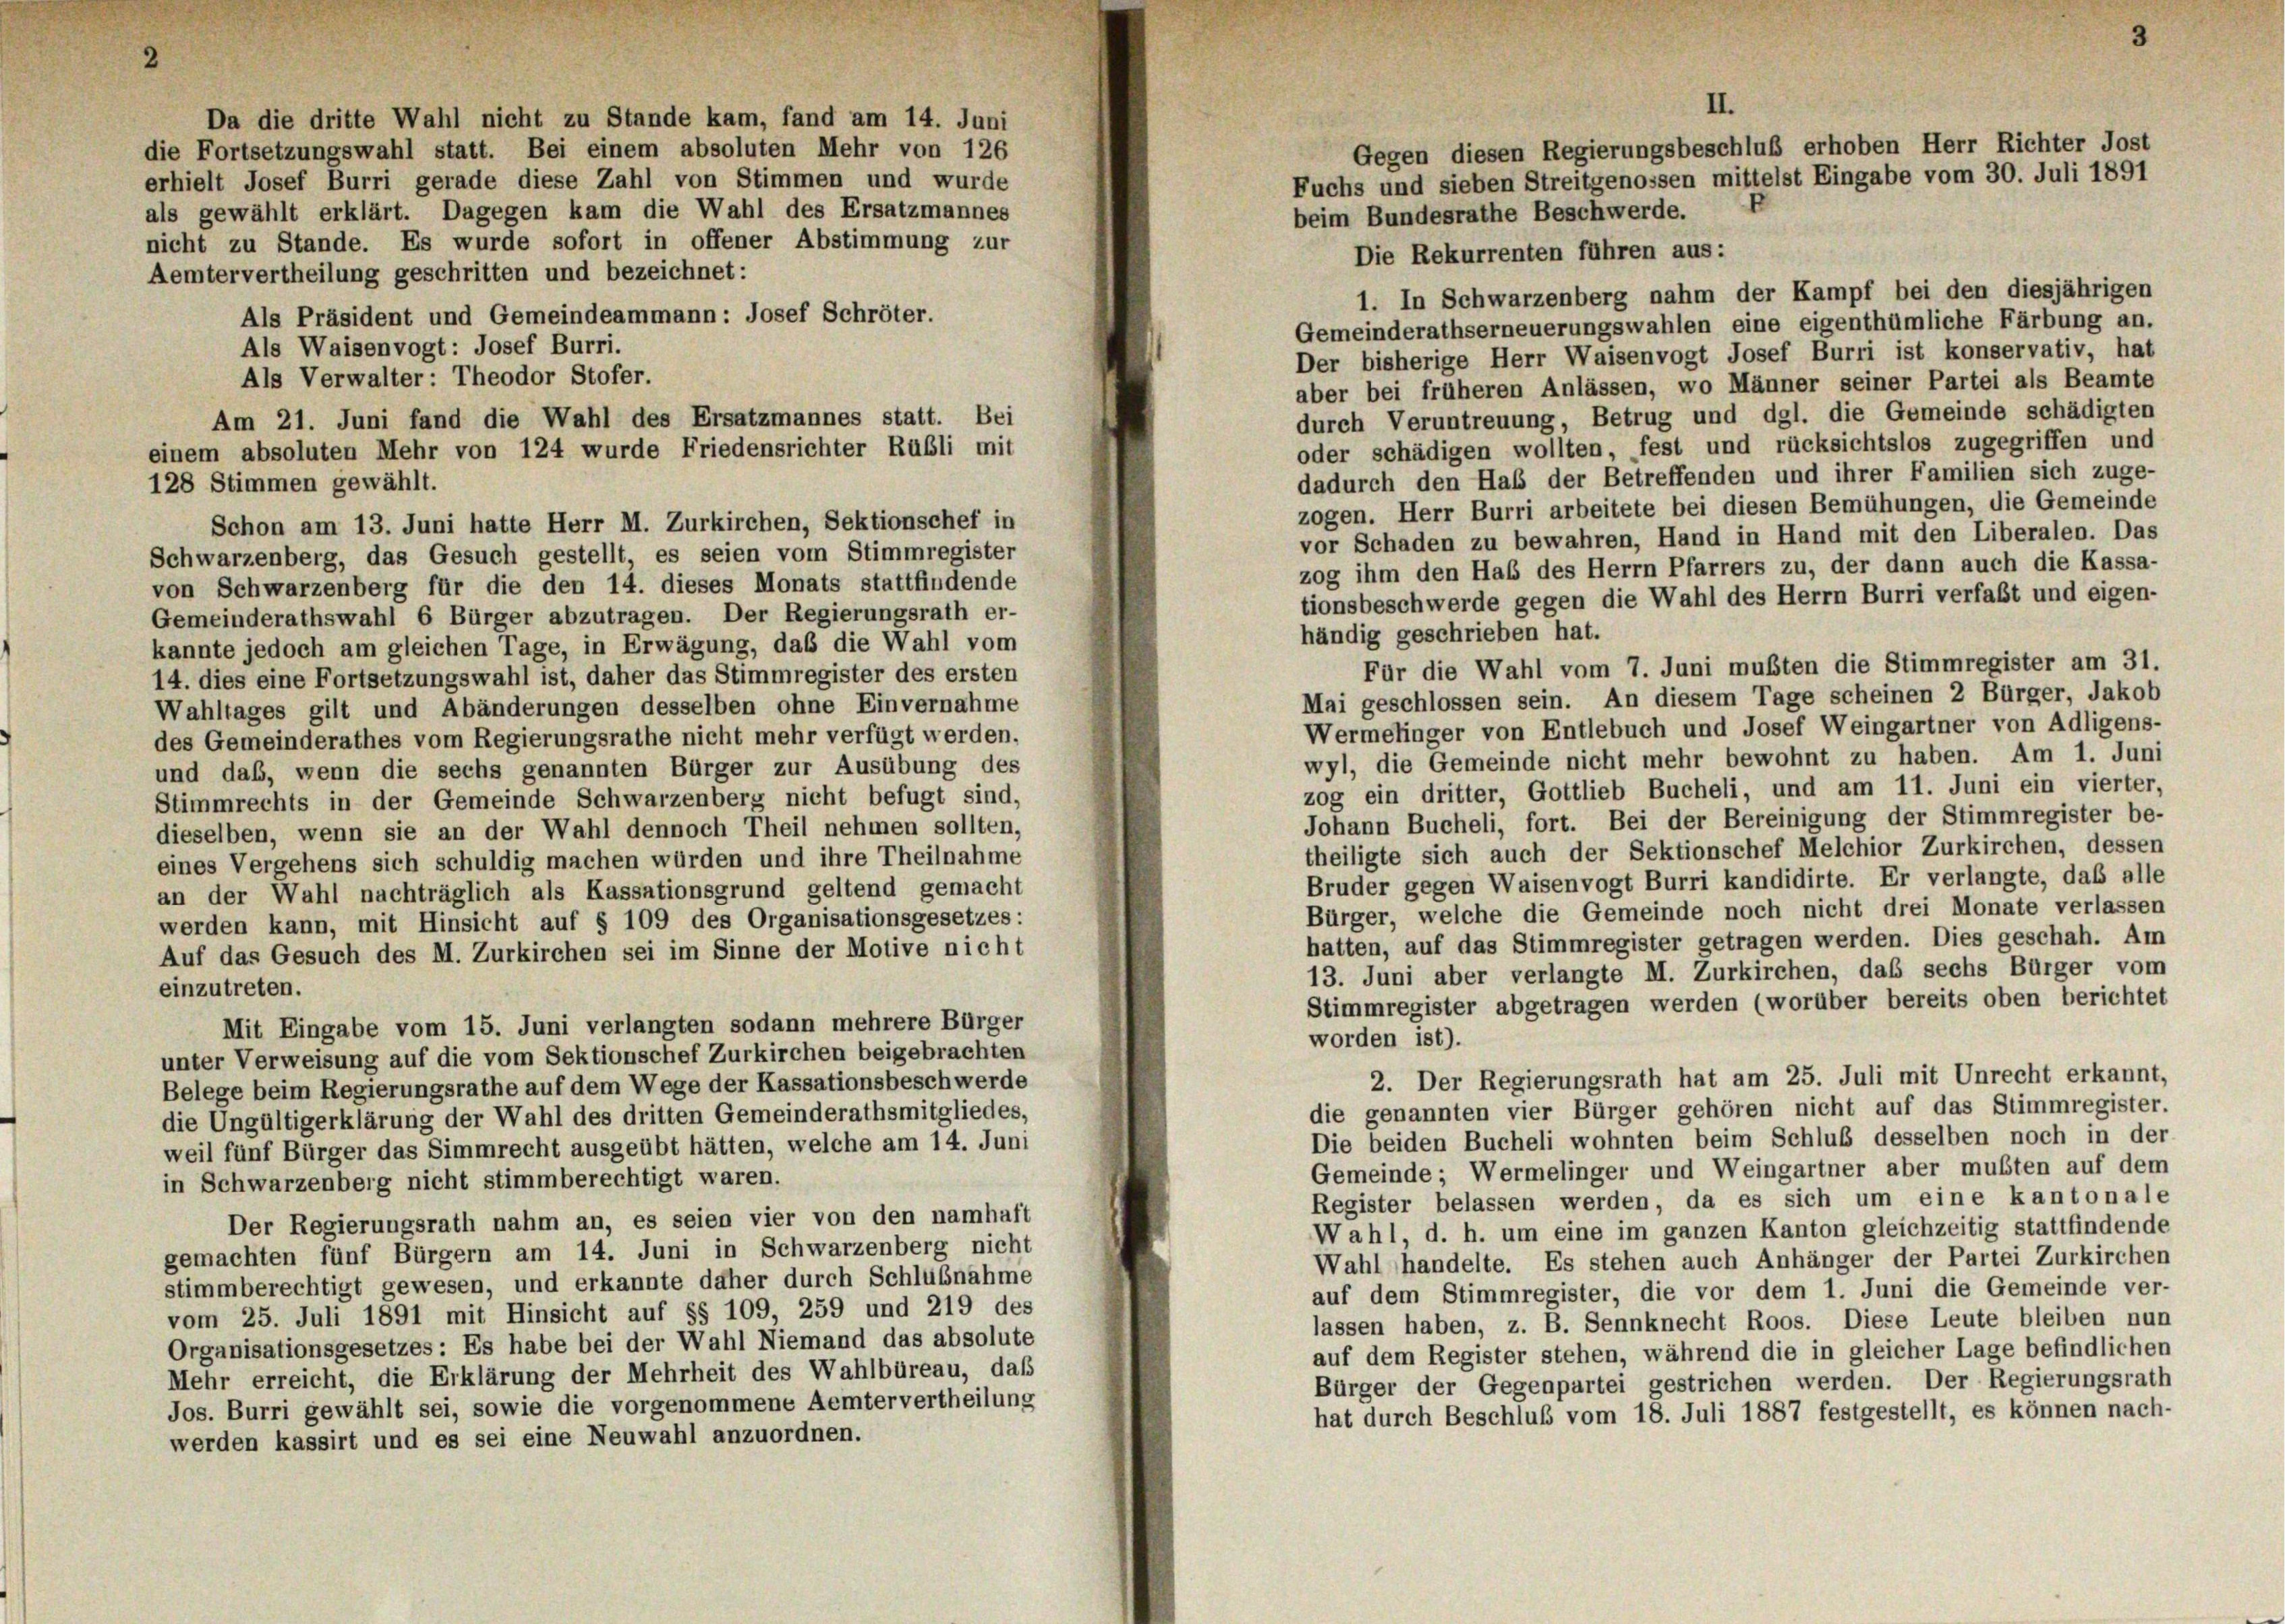
2

Da die dritte Wahl nicht zu Stande kam, fand am 14. Juni
die Fortsetzungswahl statt. Bei einem absoluten Mehr von 126
erhielt Josef Burri gerade diese Zahl von Stimmen und wurde
als gewählt erklärt. Dagegen kam die Wahl des Ersatzmannes
nicht zu Stande. Es wurde sofort in offener Abstimmung zur
Die Rekurrenten führen aus:
Aemtervertheilung geschritten und bezeichnet:
1. In Schwarzenberg nahm der Kampf bei den diesjährigen
Als Präsident und Gemeindeammann: Josef Schröter.
Gemeinderathserneuerungswahlen eine eigenthümliche Färbung an.
Als Waisenvogt: Josef Burri.
Der bisherige Herr Waisenvogt Josef Burri ist konservativ, hat
Als Verwalter: Theodor Stofer.
aber bei früheren Anlässen, wo Männer seiner Partei als Beamte
durch Veruntreuung, Betrug und dgl. die Gemeinde schädigten
Am 21. Juni fand die Wahl des Ersatzmannes statt. Bei
oder schädigen wollten, fest und rücksichtslos zugegriffen und
einem absoluten Mehr von 124 wurde Friedensrichter Rubli mit
dadurch den Hab der Betreffenden und ihrer Familien sich zuge-
128 Stimmen gewählt.
zogen. Herr Burri arbeitete bei diesen Bemühungen, die Gemeinde
Schon am 13. Juni hatte Herr M. Zurkirchen, Sektionschef in
vor Schaden zu bewahren, Hand in Hand mit den Liberalen. Das
Schwarzenberg, das Gesuch gestellt, es seien vom Stimmregister
zog ihm den Hab des Herrn Pfarrers zu, der dann auch die Kassa-
von Schwarzenberg für die den 14. dieses Monats stattfindende
tionsbeschwerde gegen die Wahl des Herrn Burri verfaßt und eigen-
Gemeinderathswahl 6 Bürger abzutragen. Der Regierungsrath er-
händig geschrieben hat.
kannte jedoch am gleichen Tage, in Erwägung, das die Wahl vom
Für die Wahl vom 7. Juni mußten die Stimmregister am 31.
14. dies eine Fortsetzungswahl ist, daher das Stimmregister des ersten
Mai geschlossen sein. An diesem Tage scheinen 2 Bürger, Jakob
Wahltages gilt und Abänderungen desselben ohne Einvernahme
Wermelinger von Entlebuch und Josef Weingartner von Adligens-
des Gemeinderathes vom Regierungsrathe nicht mehr verfügt werden.
wyl, die Gemeinde nicht mehr bewohnt zu haben. Am 1. Juni
und daß, wenn die sechs genannten Bürger zur Ausübung des
zog ein dritter, Gottlieb Bucheli, und am 11. Juni ein vierter,
Stimmrechts in der Gemeinde Schwarzenberg nicht befugt sind,
Johann Bucheli, fort. Bei der Bereinigung der Stimmregister be-
dieselben, wenn sie an der Wahl dennoch Theil nehmen sollten,
theiligte sich auch der Sektionschef Melchior Zurkirchen, dessen
eines Vergehens sich schuldig machen würden und ihre Theilnahme
Bruder gegen Waisenvogt Burri kandidirte. Er verlangte, daß alle
an der Wahl nachträglich als Kassationsgrund geltend gemacht
Bürger, welche die Gemeinde noch nicht drei Monate verlassen
werden kann, mit Hinsicht auf § 109 des Organisationsgesetzes:
hatten, auf das Stimmregister getragen werden. Dies geschah. Am
Auf das Gesuch des M. Zurkirchen sei im Sinne der Motive nicht
13. Juni aber verlangte M. Zurkirchen, daß sechs Bürger vom
einzutreten.
Stimmregister abgetragen werden (worüber bereits oben berichtet
Mit Eingabe vom 15. Juni verlangten sodann mehrere Bürger
worden ist).
unter Verweisung auf die vom Sektionschef Zurkirchen beigebrachten
2. Der Regierungsrath hat am 25. Juli mit Unrecht erkannt,
Belege beim Regierungsrathe auf dem Wege der Kassationsbeschwerde
die genannten vier Bürger gehören nicht auf das Stimmregister.
die Ungültigerklärung der Wahl des dritten Gemeinderathsmitgliedes,
Die beiden Bucheli wohnten beim Schluß desselben noch in der
weil fünf Bürger das Simmrecht ausgeübt hätten, welche am 14. Juni
Gemeinde; Wermelinger und Weingartner aber mußten auf dem
in Schwarzenberg nicht stimmberechtigt waren.
Register belassen werden, da es sich um eine kantonale
Der Regierungsrath nahm an, es seien vier von den namhaft
Wahl, d. h. um eine im ganzen Kanton gleichzeitig stattfindende
gemachten fünf Bürgern am 14. Juni in Schwarzenberg nicht
Wahl handelte. Es stehen auch Anhänger der Partei Zurkirchen
stimmberechtigt gewesen, und erkannte daher durch Schlußnahme
auf dem Stimmregister, die vor dem 1. Juni die Gemeinde ver-
vom 25. Juli 1891 mit Hinsicht auf §§ 109, 259 und 219 des
lassen haben, z. B. Sennknecht Roos. Diese Leute bleiben nun
Organisationsgesetzes: Es habe bei der Wahl Niemand das absolute
auf dem Register stehen, während die in gleicher Lage befindlichen
Mehr erreicht, die Erklärung der Mehrheit des Wahlbüreau, daß
Bürger der Gegenpartei gestrichen werden. Der Regierungsrath
Jos. Burri gewählt sei, sowie die vorgenommene Aemter vertheilung
hat durch Beschluß vom 18. Juli 1887 festgestellt, es können nach-
werden kassirt und es sei eine Neuwahl anzuordnen.

3

II.
Gegen diesen Regierungsbeschluß erhoben Herr Richter Jost
Fuchs und sieben Streitgenossen mittelst Eingabe vom 30. Juli 1891
beim Bundesrathe Beschwerde.